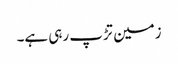
زمین تڑپ رہی ہے۔